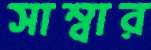
সাম্বার